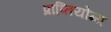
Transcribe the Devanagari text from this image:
प्राप्तियोग्य